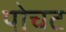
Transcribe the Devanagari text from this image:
पोचट